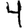
Digit: 4